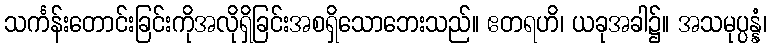
သင်္ကန်းတောင်းခြင်းကိုအလိုရှိခြင်းအစရှိသောဘေးသည်။ ဧတရဟိ၊ ယခုအခါ၌။ အသမုပ္ပန္နံ၊